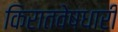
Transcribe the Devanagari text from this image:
किरातवेषधारी